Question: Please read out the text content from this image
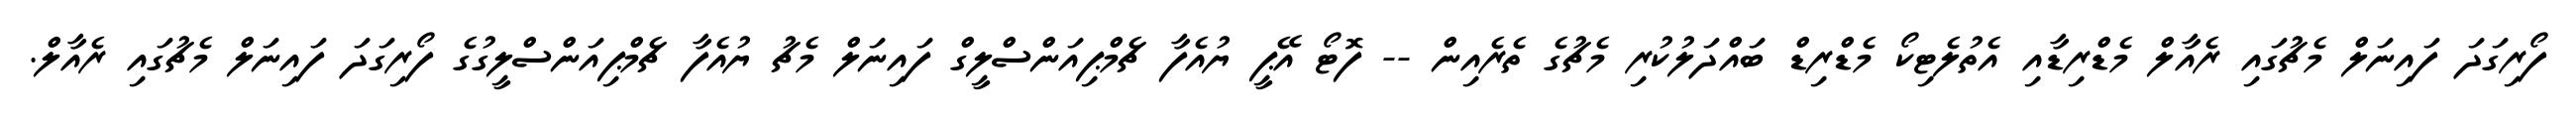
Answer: ފޯރިގަދަ ފައިނަލް މެޗުގައި ރެއާލް މެޑްރިޑާއި އެތުލެޓިކޯ މެޑްރިޑް ބައްދަލުކުރި މެޗުގެ ތެރެއިން -- ފޮޓޯ އޭޕީ ޔުއެފާ ޗެމްޕިއަންސްލީގް ފައިނަލް މެޗު ޔުއެފާ ޗެމްޕިއަންސްލީގުގެ ފޯރިގަދަ ފައިނަލް މެޗުގައި ރެއާލް.